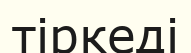
тіркеді